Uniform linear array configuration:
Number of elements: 12
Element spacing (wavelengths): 0.25
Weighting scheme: uniform
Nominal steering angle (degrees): -15
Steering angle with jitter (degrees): -15.831
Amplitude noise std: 0.05
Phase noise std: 0.05

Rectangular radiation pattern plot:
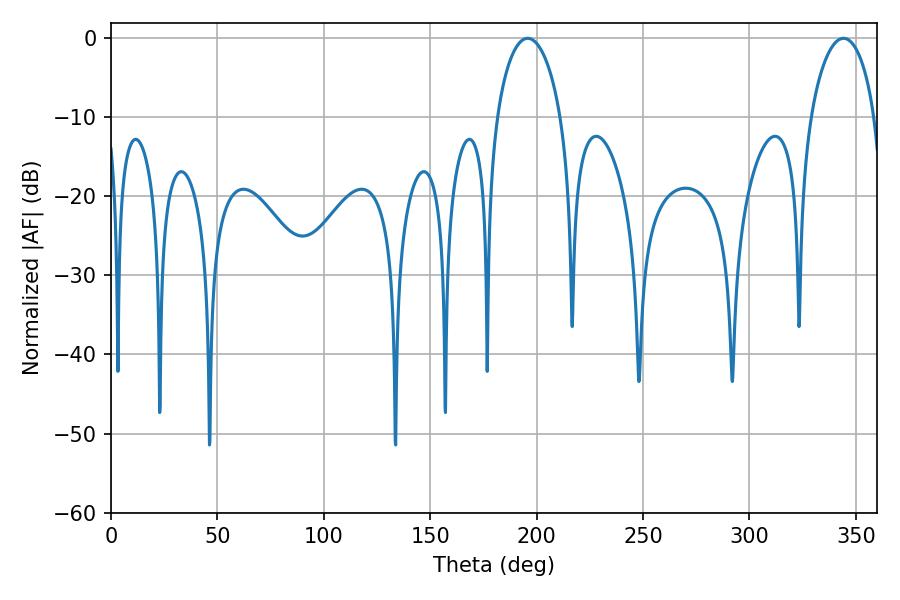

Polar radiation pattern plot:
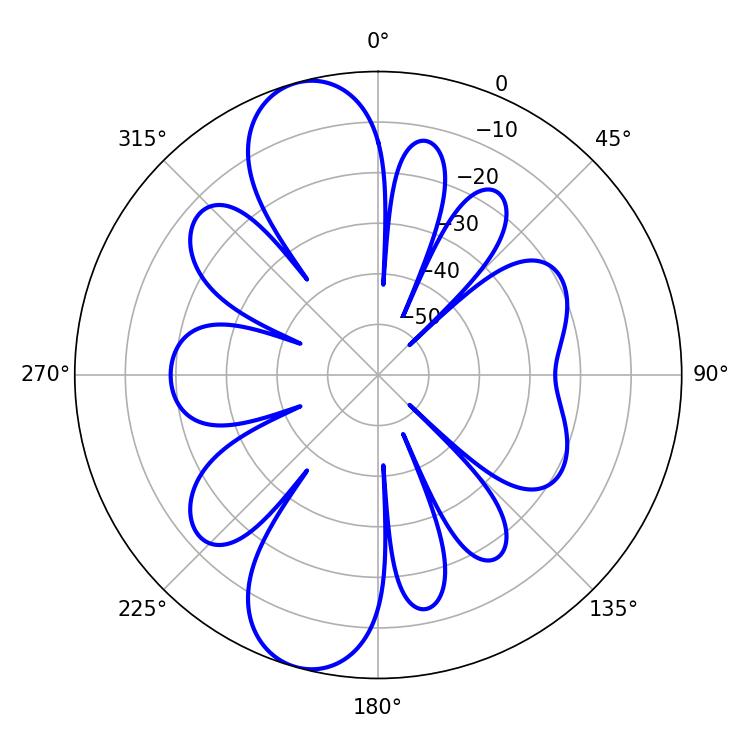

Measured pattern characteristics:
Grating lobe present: FALSE
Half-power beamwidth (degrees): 17.28
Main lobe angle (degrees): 195.84